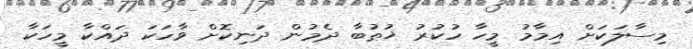
މިސާލަކަށް އިމާމު މީހާ ހުކުރު ޚުޠުބާ ދެމުން ދަނިކޮށް ވާހަކަ ދައްކާ މީހަކާ